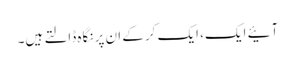
آئیے ایک، ایک کرکے ان پر نگاہ ڈالتے ہیں۔